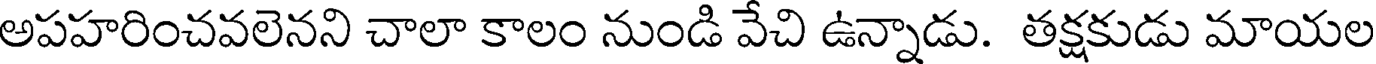
అపహరించవలెనని చాలా కాలం నుండి వేచి ఉన్నాడు. తక్షకుడు మాయల